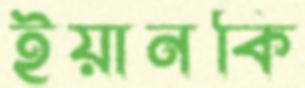
ইয়ানকি